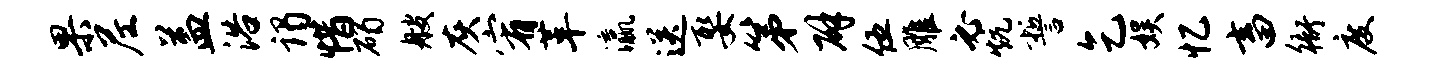
果尼益浴谒惜碣艘灰宥革瀛送娶第辟伍雕必炕誓乞娱忆畜衙度